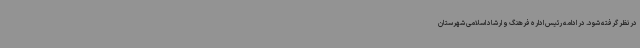
در نظر گرفته شود. در ادامه رئیس اداره فرهنگ و ارشاد اسلامی شهرستان